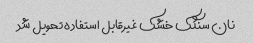
نان سنگک خشک غیرقابل استفاده تحویل شد